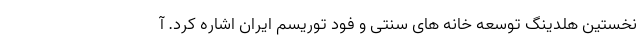
نخستین هلدینگ توسعه خانه های سنتی و فود توریسم ایران اشاره کرد. آ